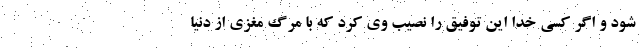
شود و اگر کسی خدا این توفیق را نصیب وی کرد که با مرگ مغزی از دنیا